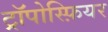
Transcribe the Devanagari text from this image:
ट्रॉपोस्फ़ियर